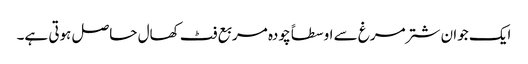
ایک جوان شتر مرغ سے اوسطاً چودہ مربع فٹ کھال حاصل ہوتی ہے۔